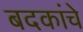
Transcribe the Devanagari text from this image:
बदकांचे